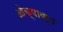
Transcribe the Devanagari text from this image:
ओक्षाकृत